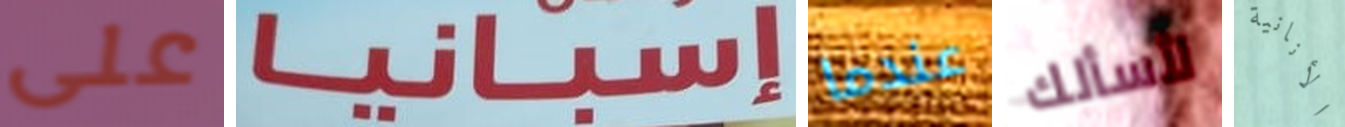
على إسبانيا عندما لأسألك الأنانية